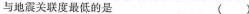
与地震关联度最低的是 ()